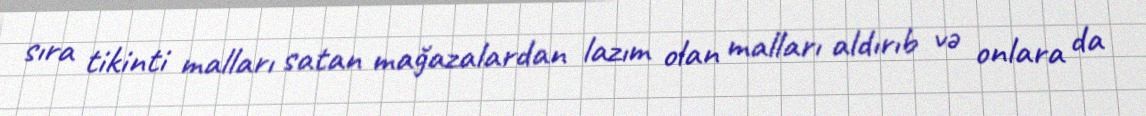
sıra tikinti malları satan mağazalardan lazım olan malları aldırıb və onlara da